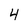
Character: 4